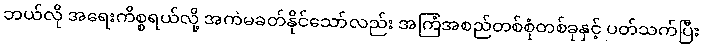
ဘယ်လို အရေးကိစ္စရယ်လို့ အကဲမခတ်နိုင်သော်လည်း အကြံအစည်တစ်စုံတစ်ခုနှင့် ပတ်သက်ပြီး